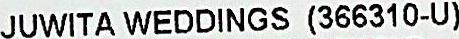
JUWITA WEDDINGS (366310-U)